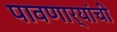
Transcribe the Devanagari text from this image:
पावणार्‍यांची